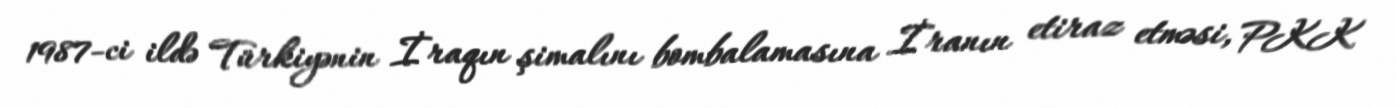
1987-ci ildə Türkiyənin İraqın şimalını bombalamasına İranın etiraz etməsi, PKK